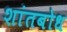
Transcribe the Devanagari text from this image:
शांतबोध